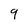
Character: 9